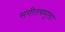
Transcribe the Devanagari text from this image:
संगीतचमूला